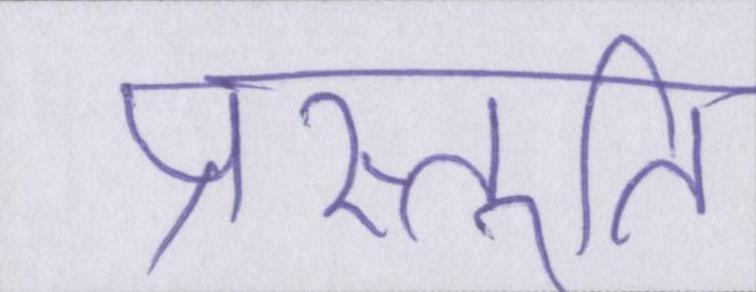
प्रस्तुति